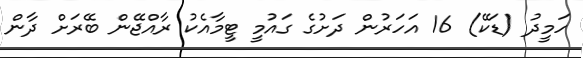
ހަމީދު (ޑަކޭ) 16 އަހަރުން ދަށުގެ ގައުމީ ޓީމާއެކު ރާއްޖޭން ބޭރަށް ދާން